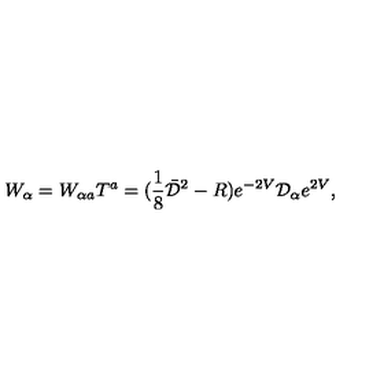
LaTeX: W _ { \alpha } = W _ { \alpha a } T ^ { a } = ( \frac { 1 } { 8 } \bar { { \cal D } } ^ { 2 } - R ) e ^ { - 2 V } { \cal D } _ { \alpha } e ^ { 2 V } ,